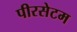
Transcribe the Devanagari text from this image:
पीरसेटम